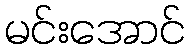
မင်းအောင်